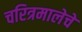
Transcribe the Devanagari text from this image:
चरित्रमालेचे